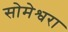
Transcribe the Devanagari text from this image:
सोमेश्वरा